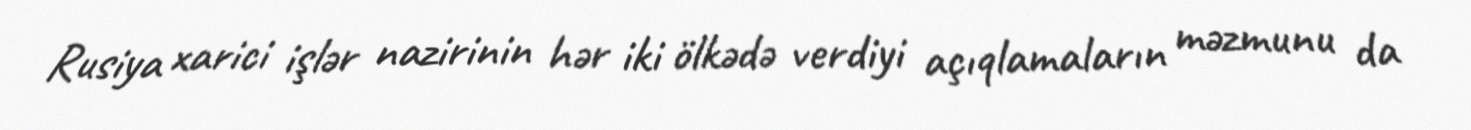
Rusiya xarici işlər nazirinin hər iki ölkədə verdiyi açıqlamaların məzmunu da